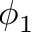
\phi _ { 1 }